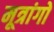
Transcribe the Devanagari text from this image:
मूत्रांगो